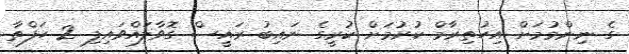
ގެ ނިންމުމަށް އިހުތިރާމް ކުރުމަށް ކުރީގެ ނައިބު ރައީސް ގޮވާލައްވައިފި 2 ހަފްތާ